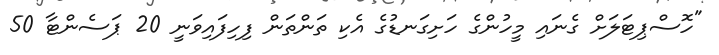
"ހޮސްޕިޓަލަށް ގެނައި މީހުންގެ ހަށިގަނޑުގެ އެކި ތަންތަން ފިހިފައިވަނީ 20 ޕަސެންޓާ 50